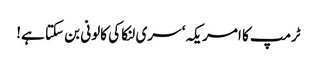
ٹرمپ کا امریکہ‘ سری لنکا کی کالونی بن سکتا ہے!